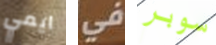
ايمي في سوبر